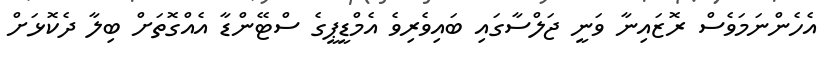
އެހެންނަމަވެސް ރޮޒައިނާ ވަނީ ޖަލްސާގައި ބައިވެރިވެ އެމްޑީޕީގެ ސްޓޭންޑާ އެއްގޮތަށް ބިލާ ދެކޮޅަށް